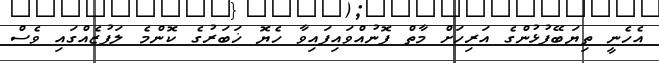
އެހެނީ ތިޔަބޭފުޅުންގެ އަރިހަށް މާތް ފޮނުއްވައިފައިވާ ހެޔޮ ޚަބަރުގެ ކޮންމެ ލަފުޒެއްގައި ވެސް